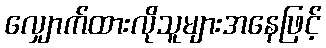
လျှောက်ထားလိုသူများအနေဖြင့်